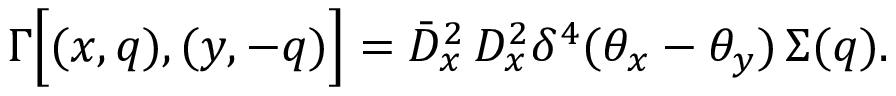
\Gamma \Big [ ( x , q ) , ( y , - q ) \Big ] = \bar { D } _ { x } ^ { 2 } \, D _ { x } ^ { 2 } \delta ^ { 4 } ( \theta _ { x } - \theta _ { y } ) \, \Sigma ( q ) .